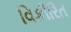
વિકીરિત